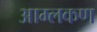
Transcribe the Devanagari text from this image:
आम्लकण